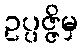
ဥပ္ပဇ္ဇိမှ